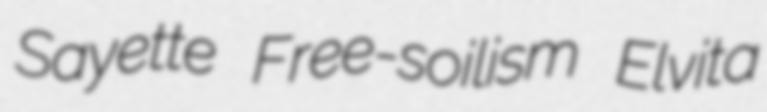
Sayette Free-soilism Elvita